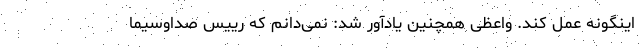
اینگونه عمل کند. واعظی همچنین یادآور شد: نمی‌دانم که رییس صداوسیما